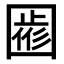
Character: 𡈖